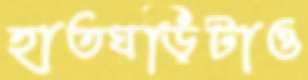
হাতঘড়িটাও